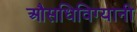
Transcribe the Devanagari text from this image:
औसधिविग्यानी